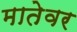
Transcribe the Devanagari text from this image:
मातेवर